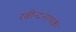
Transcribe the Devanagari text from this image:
रबीन्द्रनाथके